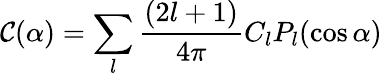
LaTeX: {\mathcal C}(\alpha)=\sum_{l}{\frac{(2l+1)}{4\pi}}C_{l}P_{l}(\cos\alpha)